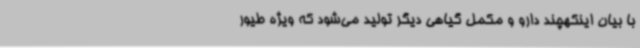
با بیان اینکهچند دارو و مکمل گیاهی دیگر تولید می‌شود که ویژه طیور